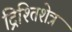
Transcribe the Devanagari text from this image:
द्रिश्तिशेत्र